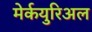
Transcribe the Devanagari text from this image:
मेर्कयुरिअल